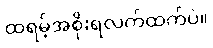
ထရမ့်အစိုးရလက်ထက်ပဲ။